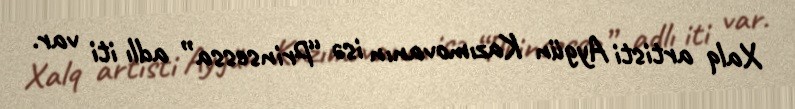
Xalq artisti Aygün Kazımovanın isə “Prinsessa” adlı iti var.